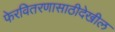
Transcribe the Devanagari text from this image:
फेरवितरणासाठीदेखील